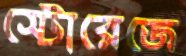
স্টোরেজে